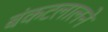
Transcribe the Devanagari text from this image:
बंकटलालने